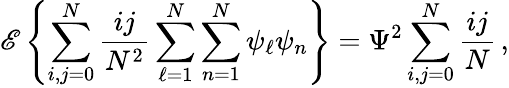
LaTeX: \mathscr{E}\left\{ \sum_{i,j=0}^{N}{\frac{{ij}}{{N^{2}}}}\sum_{\ell=1}^{N}\sum_{n=1}^{N}\psi_{\ell}\psi_{n}\right\} =\Psi^{2}\sum_{i,j=0}^{N}{\frac{{ij}}{{N}}}\, ,